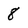
Character: 8